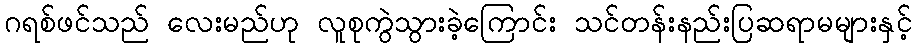
ဂရစ်ဖင်သည် လေးမည်ဟု လူစုကွဲသွားခဲ့ကြောင်း သင်တန်းနည်းပြဆရာမများနှင့်